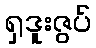
ရှဒူးဇွပ်